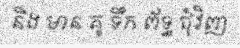
និង មាន គូ ទឹក ព័ទ្ធ ជុំវិញ